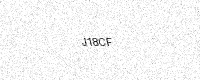
Text: J18CF